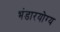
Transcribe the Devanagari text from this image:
भंडारयोग्य